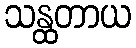
သန္ထတာယ